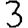
Digit: 3